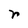
Character: r